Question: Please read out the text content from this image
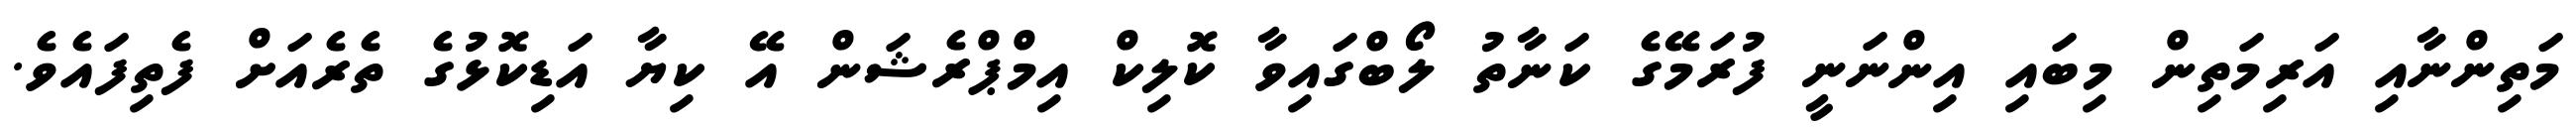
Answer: މަތިންނާއި އަރިމަތިން މިބައި އިންނަނީ ފުރަމޭގެ ކަނާތު ލޯބްގައިވާ ކޮލިކް އިމްޕްރެޝަން އޭ ކިޔާ އަޑިކޮޅުގެ ތެރެއަށް ފެތިފައެވެ.